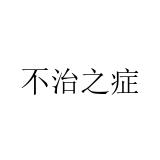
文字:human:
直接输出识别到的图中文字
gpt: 不治之症